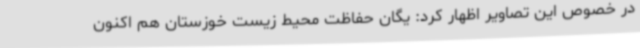
در خصوص این تصاویر اظهار کرد: یگان حفاظت محیط زیست خوزستان هم اکنون